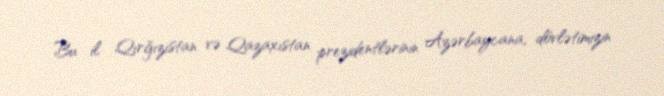
Bu il Qırğızıstan və Qazaxıstan prezidentlərinin Azərbaycana, dövlətimizin